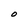
Character: O